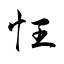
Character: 忹